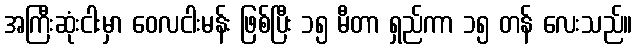
အကြီးဆုံးငါးမှာ ဝေလငါးမန်း ဖြစ်ပြီး ၁၅ မီတာ ရှည်ကာ ၁၅ တန် လေးသည်။